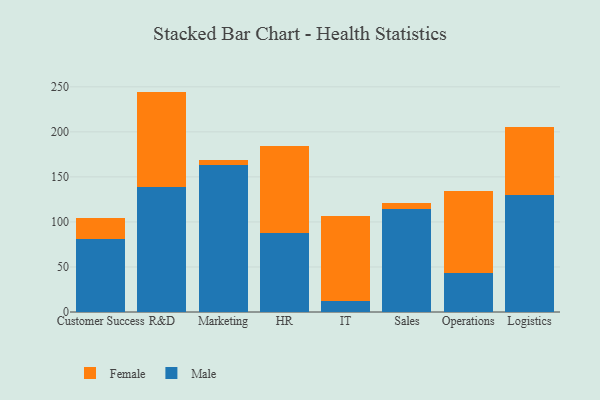
{"axis": {"x": "Department", "y": "Satisfaction Score"}, "legend": ["Female", "Male"], "data": [{"x": "Customer Success", "y": 81.3, "type": "Male"}, {"x": "Customer Success", "y": 23.1, "type": "Female"}, {"x": "R&D", "y": 139.3, "type": "Male"}, {"x": "R&D", "y": 105.4, "type": "Female"}, {"x": "Marketing", "y": 162.9, "type": "Male"}, {"x": "Marketing", "y": 6.3, "type": "Female"}, {"x": "HR", "y": 87.7, "type": "Male"}, {"x": "HR", "y": 96.7, "type": "Female"}, {"x": "IT", "y": 12.6, "type": "Male"}, {"x": "IT", "y": 94.4, "type": "Female"}, {"x": "Sales", "y": 114.5, "type": "Male"}, {"x": "Sales", "y": 6.2, "type": "Female"}, {"x": "Operations", "y": 42.9, "type": "Male"}, {"x": "Operations", "y": 91.2, "type": "Female"}, {"x": "Logistics", "y": 129.8, "type": "Male"}, {"x": "Logistics", "y": 75.6, "type": "Female"}]}